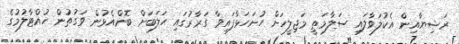
ރަޝިޔާއިން އެކުލަވާލައި ސަލާމަތީ މަޖިލީހަށް ހުށަހަޅާފައިވާ ގަރާރުގައި ހަލަބަށް ބޮންއެޅުން ވަގުތުން ހުއްޓާލުމުގެ